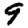
Digit: 9